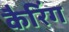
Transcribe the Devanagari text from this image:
कैरिंग